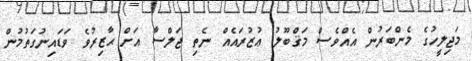
މަޖިލީހުގެ މެންބަރުން އެއްވެސް މަޤްބޫލު ޢުޒުރައެއް ނެތި ޖަލްސާ އަށް ޙާޒިރުވެ ވަޑައިނުގަތުމުން